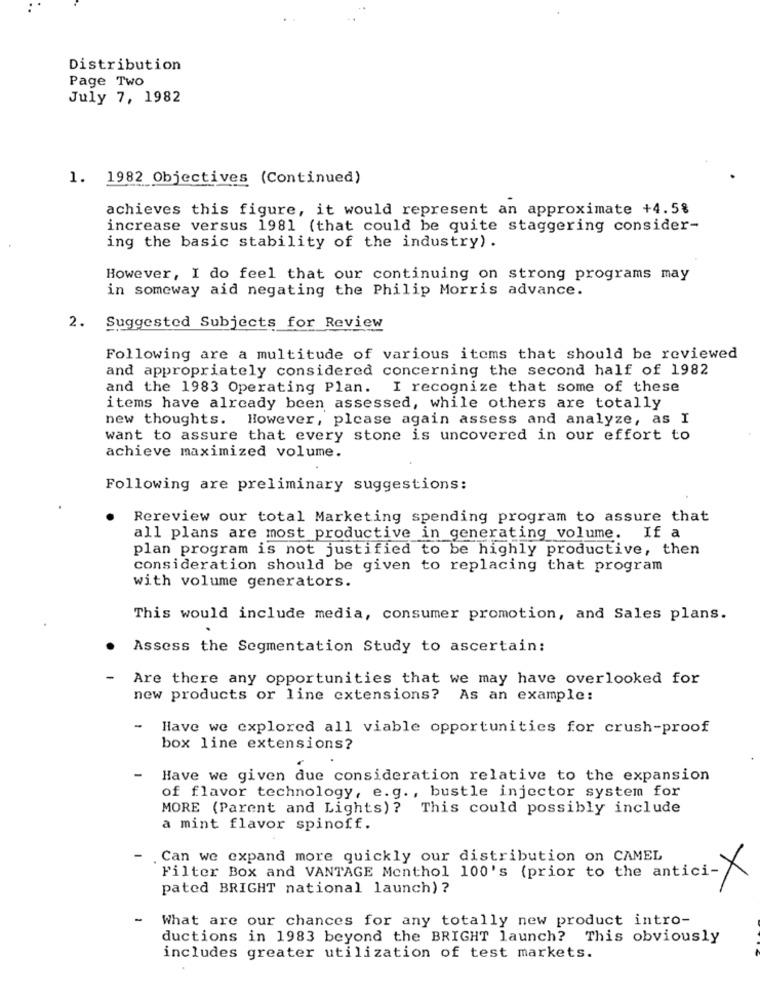
Distribution
Page Two
July 7, 1982
1. 1982 Objectives (Continued)
achieves this figure, it would represent an approximate +4.5%
increase versus 1981 (that could be quite staggering consider-
ing the basic stability of the industry) .
However, I do feel that our continuing on strong programs may
in someway aid negating the Philip Morris advance.
Suggested Subjects for Review
Following are a multitude of various items that should be reviewed
and appropriately considered concerning the second half of 1982
and the 1983 Operating Plan. I recognize that some of these
items have already been assessed, while others are totally
new thoughts. However, please again assess and analyze, as I
want to assure that every stone is uncovered in our effort to
achieve maximized volume.
Following are preliminary suggestions:
Rereview our total Marketing spending program to assure that
all plans are most productive in generating volume.
If a
plan program is not justified to be highly productive, then
consideration should be given to replacing that program
with volume generators.
This would include media, consumer promotion, and Sales plans.
Assess the Segmentation Study to ascertain:
Are there any opportunities that we may have overlooked for
new products or line extensions? As an example:
-
Have we explored all viable opportunities for crush-proof
box line extensions?
-
Have we given due consideration relative to the expansion
of flavor technology, e.g ., bustle injector system for
MORE (Parent and Lights)? This could possibly include
a mint flavor spinoff.
Can we expand more quickly our distribution on CAMEL
Filter Box and VANTAGE Menthol 100's (prior to the antici->
pated BRIGHT national launch) ?
What are our chances for any totally new product intro-
ductions in 1983 beyond the BRIGHT launch? This obviously
includes greater utilization of test markets.